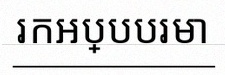
រកអប្បបរមា